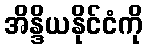
အိန္ဒိယနိုင်ငံကို